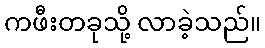
ကဖီးတခုသို့ လာခဲ့သည်။